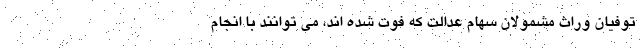
توفیان وراث مشمولان سهام عدالت که فوت شده اند، می توانند با انجام